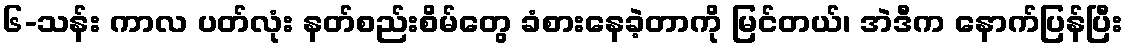
၆-သန်း ကာလ ပတ်လုံး နတ်စည်းစိမ်တွေ ခံစားနေခဲ့တာကို မြင်တယ်၊ အဲဒီက နောက်ပြန်ပြီး